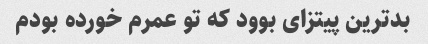
بدترین پیتزای بوود که تو عمرم خورده بودم